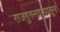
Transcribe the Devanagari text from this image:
राजगुरुनगरपासून